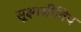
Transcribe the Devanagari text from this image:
सूक्ष्मजीविय